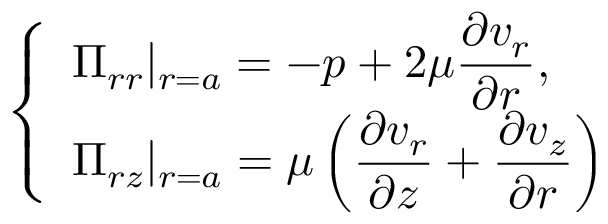
\left\{ \begin{array} { l l } { \displaystyle \Pi _ { r r } | _ { r = a } = - p + 2 \mu \frac { \partial v _ { r } } { \partial r } , } \\ { \displaystyle \Pi _ { r z } | _ { r = a } = \mu \left( \frac { \partial v _ { r } } { \partial z } + \frac { \partial v _ { z } } { \partial r } \right) } \end{array} \right.